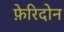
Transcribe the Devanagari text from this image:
फ़ेरिदोन